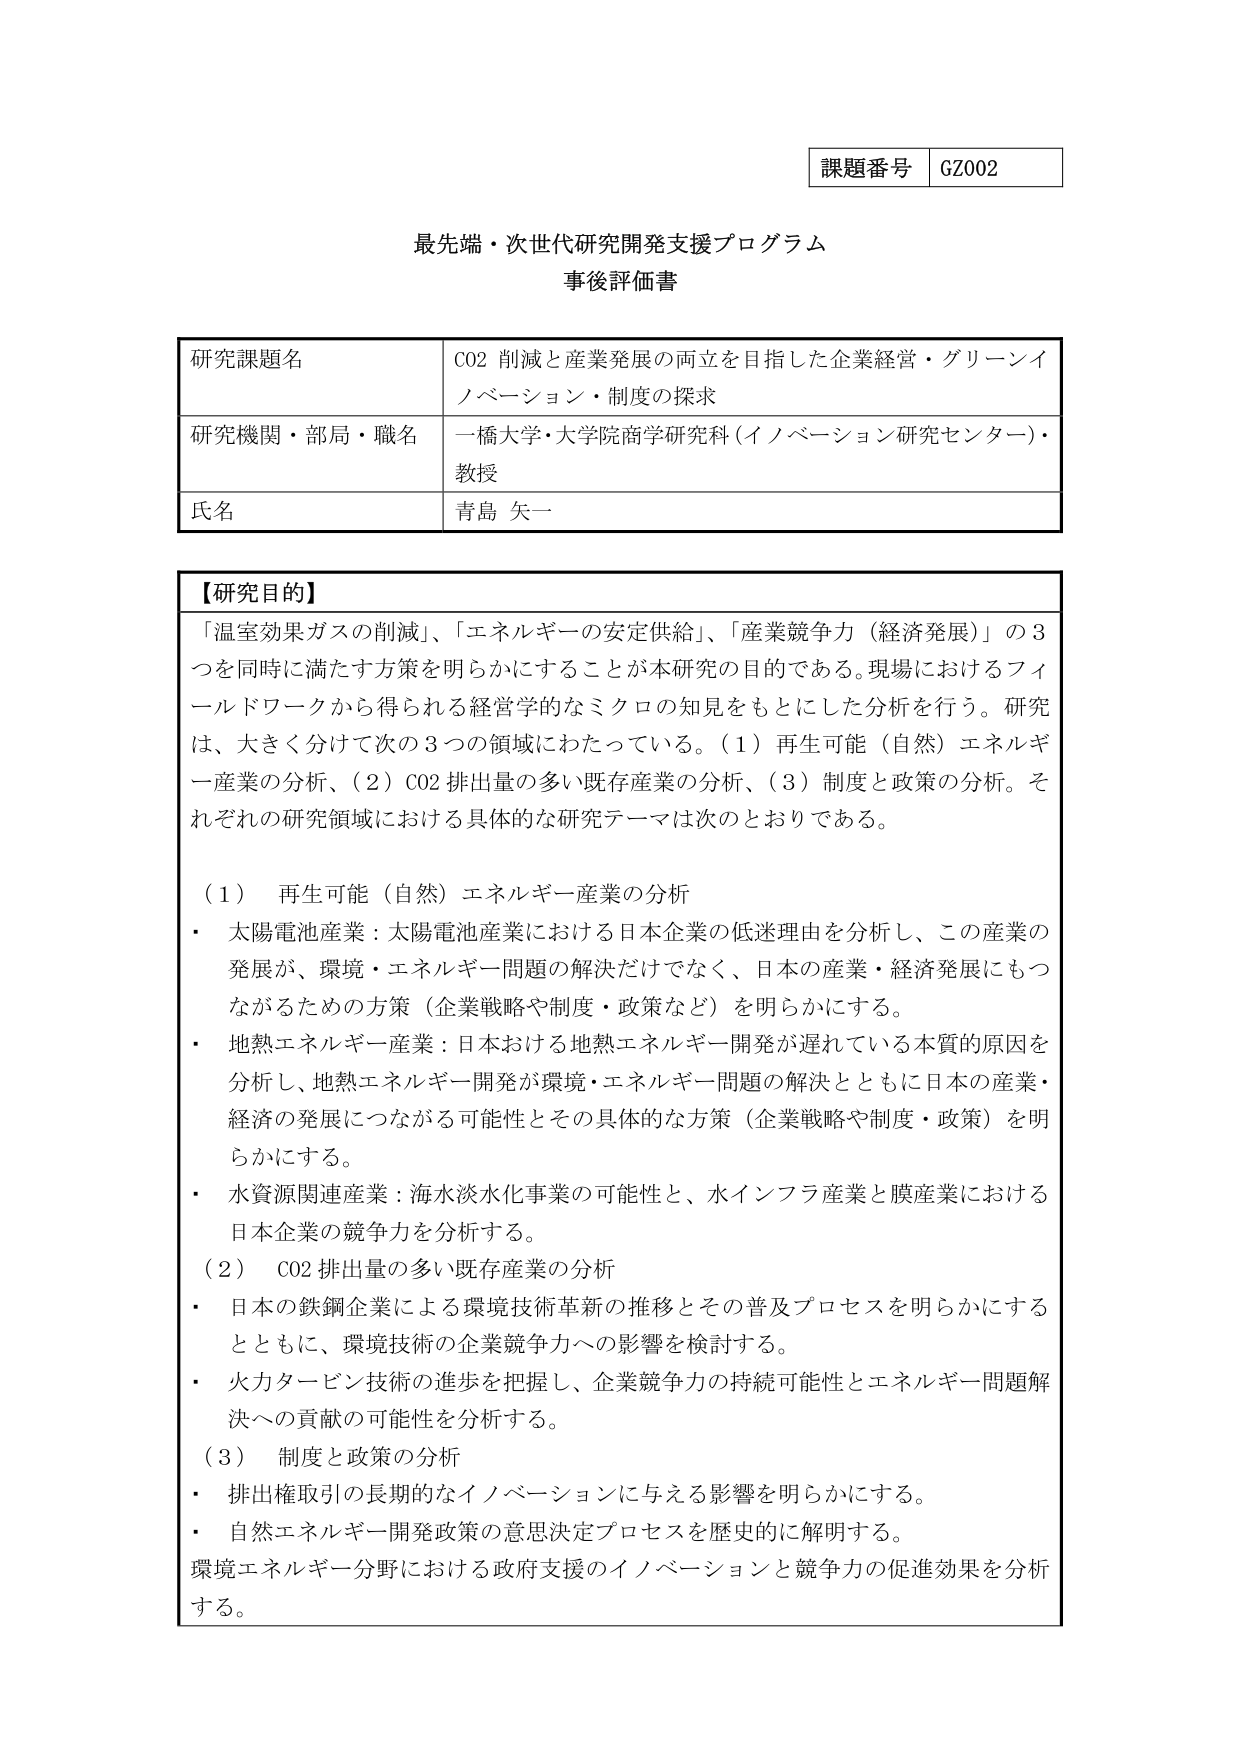
課題番号 GZ002

最先端・次世代研究開発支援プログラム
事後評価書

研究課題名 C02 削減と産業発展の両立を目指した企業経営・グリーンイノベーション・制度の探求
研究機関・部局・職名 一橋大学・大学院商学研究科（イノベーション研究センター）・教授
氏名 青島 矢一

【研究目的】
「温室効果ガスの削減」、「エネルギーの安定供給」、「産業競争力（経済発展）」の3つを同時に満たす方策を明らかにすることが本研究の目的である。現場におけるフィールドワークから得られる経営学的なミクロの知見をもとにした分析を行う。研究は、大きく分けて次の3つの領域にわたっている。（1）再生可能（自然）エネルギー産業の分析、（2）CO2排出量の多い既存産業の分析、（3）制度と政策の分析。それぞれの研究領域における具体的な研究テーマは次のとおりである。

（1）再生可能（自然）エネルギー産業の分析
・太陽電池産業：太陽電池産業における日本企業の低迷理由を分析し、この産業の発展が、環境・エネルギー問題の解決だけでなく、日本の産業・経済発展にもつながるための方策（企業戦略や制度・政策など）を明らかにする。
・地熱エネルギー産業：日本における地熱エネルギー開発が遅れている本質的原因を分析し、地熱エネルギー開発が環境・エネルギー問題の解決とともに日本の産業・経済の発展につながる可能性とその具体的な方策（企業戦略や制度・政策）を明らかにする。
・水資源関連産業：海水淡水化事業の可能性と、水インフラ産業と膜産業における日本企業の競争力を分析する。

（2）CO2排出量の多い既存産業の分析
・日本の鉄鋼企業による環境技術革新の推移とその普及プロセスを明らかにするとともに、環境技術の企業競争力への影響を検討する。
・火力タービン技術の進歩を把握し、企業競争力の持続可能性とエネルギー問題解決への貢献の可能性を分析する。

（3）制度と政策の分析
・排出権取引の長期的なイノベーションに与える影響を明らかにする。
・自然エネルギー開発政策の意思決定プロセスを歴史的に解明する。
環境エネルギー分野における政府支援のイノベーションと競争力の促進効果を分析する。